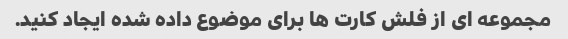
مجموعه ای از فلش کارت ها برای موضوع داده شده ایجاد کنید.